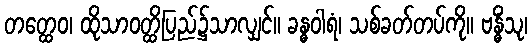
တတ္ထေဝ၊ ထိုသာဝတ္ထိပြည်၌သာလျှင်။ ခန္ဓဝါရံ၊ သစ်ခတ်တပ်ကို။ ဗန္ဓိံသု၊